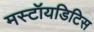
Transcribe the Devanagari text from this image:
मस्टॉयडिटिस